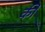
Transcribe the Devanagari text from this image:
की